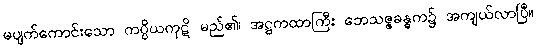
မပျက်ကောင်းသော ကပ္ပိယကုဋိ မည်၏၊ အဋ္ဌကထာကြီး ဘေသဇ္ဇခန္ဓက၌ အကျယ်လာပြီ။